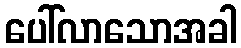
ပေါ်လာသောအခါ